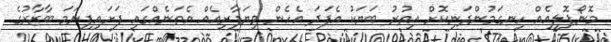
މޮނޯޕޮލީއެއް ހިނގަމުންދަނިކޮށް އިތުރު ބަޔަކު އެފަދަ އެހެން ވިޔަފާރިއެއް އެތަނެއްގައި ފަށައިފިނަމަ ބާޒާރުގެ